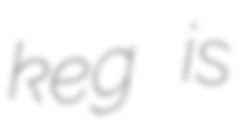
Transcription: keg is